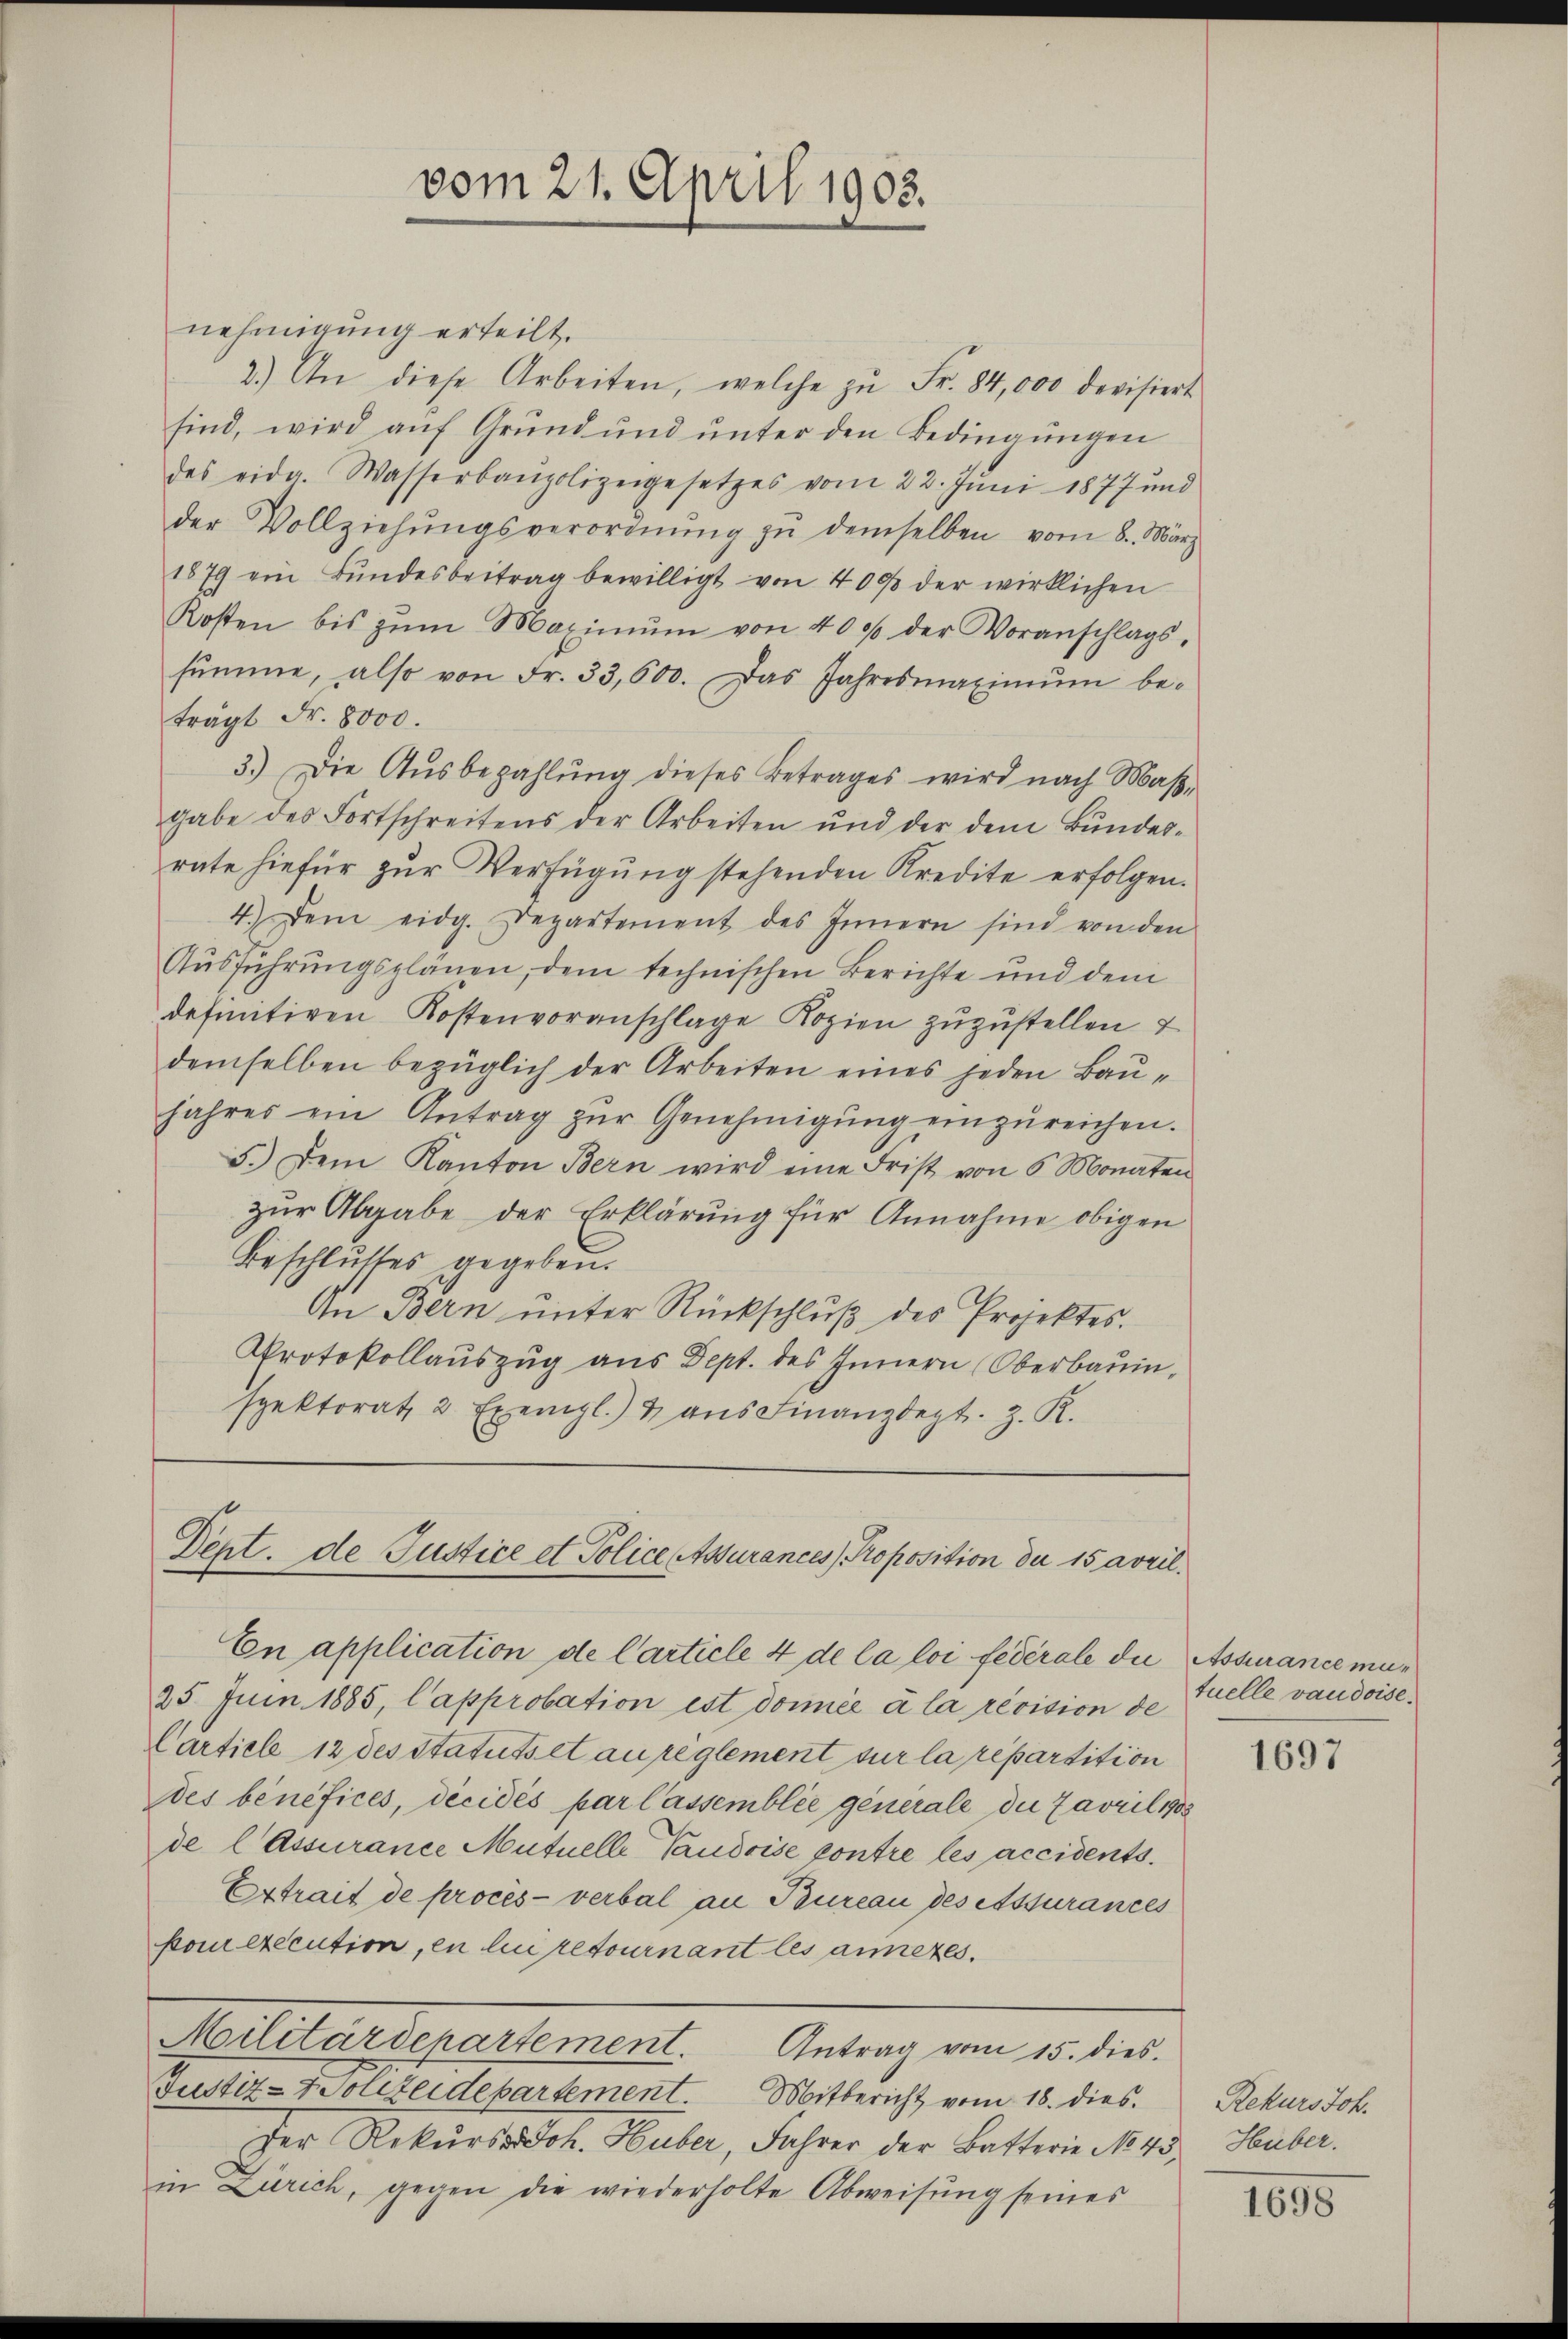
nehmigung erteilt.
2.) An diese Arbeiten, welche zŭ Fr. 84,000 devisiert
sind, wird auf Grund und unter den Bedingungen
des eida. Wasserbaupolizeigesetzes vom 22. Juni 1877 und
der Vollziehŭngsverordnŭng zŭ demselben vom 8. März
1879 ein Bŭndesbeitrag bewilligt von 400 der wirklichen
Kosten bis zŭm Maximŭm von 400 der Voranschlags-
sŭmme, also von Fr. 33,600. Das Jahresmaximŭm be-
trägt Fr. 8000.
3.) Die Aŭsbezahlŭng dieses Betrages wird nach Maβ-
gabe des Fortschreitens der Arbeiten und der dem Bundes-
rate hiefür zŭr Verfügŭng stehenden Kredite erfolgen.
4.) Dem eidg. Departement des Innern sind von den
Ausführungsplänen, dem technischen Berichte und dem
definitiven Kostenvoranschlage Kopien zuzustellen &
demselben bezüglich der Arbeiten eines jeden Baujahres ein Antrag zŭr Genehmigŭng einzŭreichen.
5.) Dem Kanton Bern wird eine Frist von 6 Monaten
zur Abgabe der Erklärung für Annahme obigen
Beschlusses gegeben.
An Bern ŭnter Rückschlŭβ des Projektes.
Protokollauszug aus Dept. des Innern (Oberbauinspektorat, 2 Exempl.) u aŭs Finanzdept. z. K.

vom 21. April 1903.

Dept. de Justice et Police Assurances Proposition der 15 avril¬

En application de Carticle 4 de la loi fédérale die Assurance ma¬
25. Jun. 1885, Capprobation est donnée à la révision de
Carticle 12 des Statuts et au reglement sur la repartition
des bénéfices, décidés par lassemblée generale die Javril 1905
de l Assurance Mutuelle Vaudoise pontre les accidents.
Extrait de procès-verbal an Bureau des essurances
poexecution, en lui retournant les annezes
Militärdepartement. Antrag vom 15. dies.
Justiz- & Polizeidepartement. Mitbericht vom 18. dies
Der Rekurs Joh. Huber, Jahrer der Batterie No 45
in Zürich, gegen die wiederholte Abweisung seines

tuelle vaudoise.

1697

Rekurs Joh.
Huber.

1698